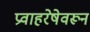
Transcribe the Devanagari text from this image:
प्रवाहरेषेवरून